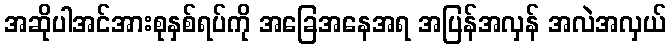
အဆိုပါအင်အားစုနှစ်ရပ်ကို အခြေအနေအရ အပြန်အလှန် အလဲအလှယ်